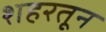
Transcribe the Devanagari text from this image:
शहरतून